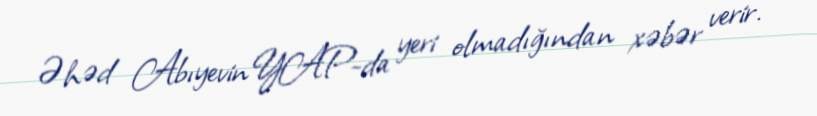
Əhəd Abıyevin YAP-da yeri olmadığından xəbər verir.